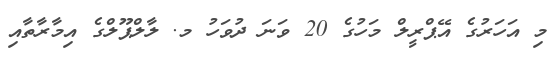
މި އަހަރުގެ އޭޕްރީލް މަހުގެ 20 ވަނަ ދުވަހު މ. ލާލްޕޫލްގެ އިމާރާތާއި